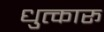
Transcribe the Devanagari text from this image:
धुत्कारू